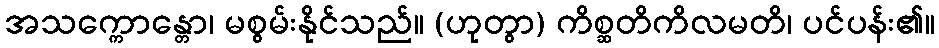
အသက္ကောန္တော၊ မစွမ်းနိုင်သည်။ (ဟုတွာ) ကိစ္ဆတိကိလမတိ၊ ပင်ပန်း၏။